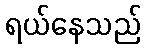
ရယ်နေသည်